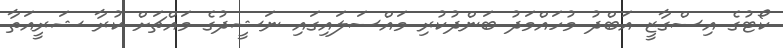
ކޯޓުގެ އިސްގާޒީ އަބްދު މުހައްމަދު ބަންދުކުރި މައްސަލައިގައި ނަޝީދުގެ މައްޗަށް ކުރާ ޝަރީއަތާ